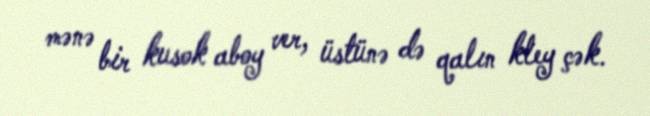
mənə bir kusok aboy ver, üstünə də qalın kley çək.